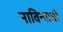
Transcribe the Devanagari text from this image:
नाविन्याची